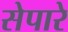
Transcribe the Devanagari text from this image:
सेपारे